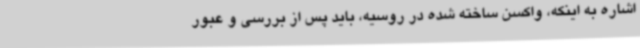
اشاره به اینکه، واکسن ساخته شده در روسیه، باید پس از بررسی و عبور